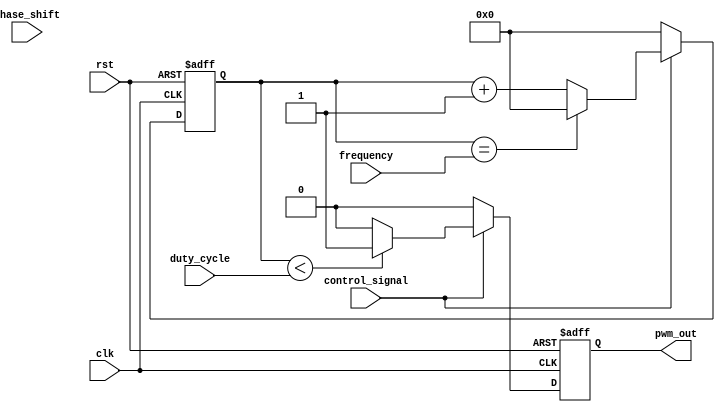
module PWM_Pulse_Generator (
    input clk,
    input rst,
    input control_signal,
    input [31:0] duty_cycle,
    input [31:0] frequency,
    input [31:0] phase_shift,
    output pwm_out
);

reg [31:0] counter;
reg pwm_out;

always @(posedge clk or posedge rst) begin
    if (rst) begin
        counter <= 0;
        pwm_out <= 0;
    end else begin
        if (control_signal) begin
            if (counter < duty_cycle) begin
                pwm_out <= 1;
            end else begin
                pwm_out <= 0;
            end
            
            counter <= counter + 1;
            if (counter == frequency) begin
                counter <= 0;
            end
        end else begin
            pwm_out <= 0;
            counter <= 0;
        end
    end
end

endmodule